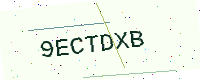
Text: 9ECTDXB